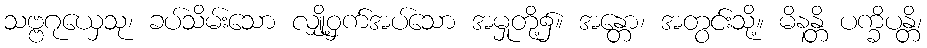
သဗ္ဗဂုယှေသု၊ ခပ်သိမ်းသော လျှို့ဝှက်အပ်သော အမှုတို့၌။ အန္တော၊ အတွင်းသို့။ မိနန္တိ ပက္ခိပန္တိ၊